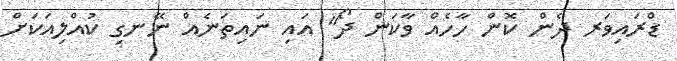
ޑްރައިވަރ ދެން ކޮން ހާހެއް ވާކަން ދޯ" އައި ނައިތަނެއް ނޭނގި ކުއްލިއަކަށް